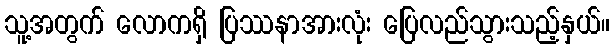
သူ့အတွက် လောကရှိ ပြဿနာအားလုံး ပြေလည်သွားသည့်နှယ်။